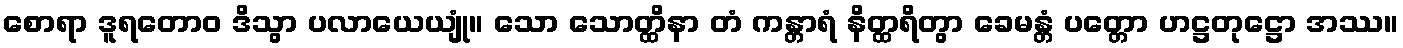
စောရာ ဒူရတောဝ ဒိသွာ ပလာယေယျုံ။ သော သောတ္ထိနာ တံ ကန္တာရံ နိတ္ထရိတွာ ခေမန္တံ ပတ္တော ဟဋ္ဌတုဋ္ဌော အဿ။